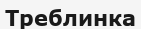
Треблинка